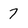
Character: 7